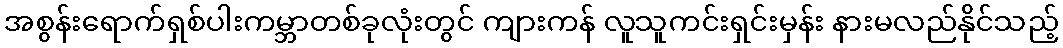
အစွန်းရောက်ရှစ်ပါးကမ္ဘာတစ်ခုလုံးတွင် ကျားကန် လူသူကင်းရှင်းမှန်း နားမလည်နိုင်သည့်